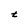
Character: t